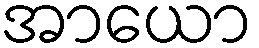
အာယော